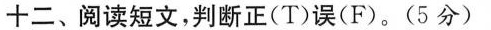
十二、阅读短文,判断正(T)误(F)。(5分)